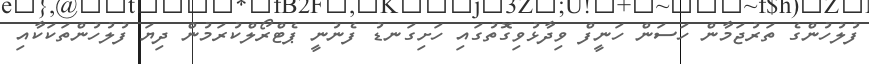
ފުލުހުންގެ ތަރުޖަމާން ހަސަން ހަނީފް ވިދާޅުވިގޮތުގައި ހަށިގަނޑު ފެނުނީ ޕެޓްރޯލްކުރަމުން ދިޔަ ފުލުހުންތަކަކާއި